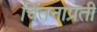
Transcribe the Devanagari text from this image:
चिंतनाप्रती